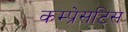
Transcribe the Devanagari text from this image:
कम्प्रेसटिस